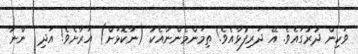
ވަކިން ދުރުގައެވެ. އޭ ދަރިފުޅާއެވެ! ތިމަންމެންނާއެކު (ނާކޮޅަށް) އަރާށެވެ! އަދި  ންނާ